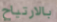
بالارتياح